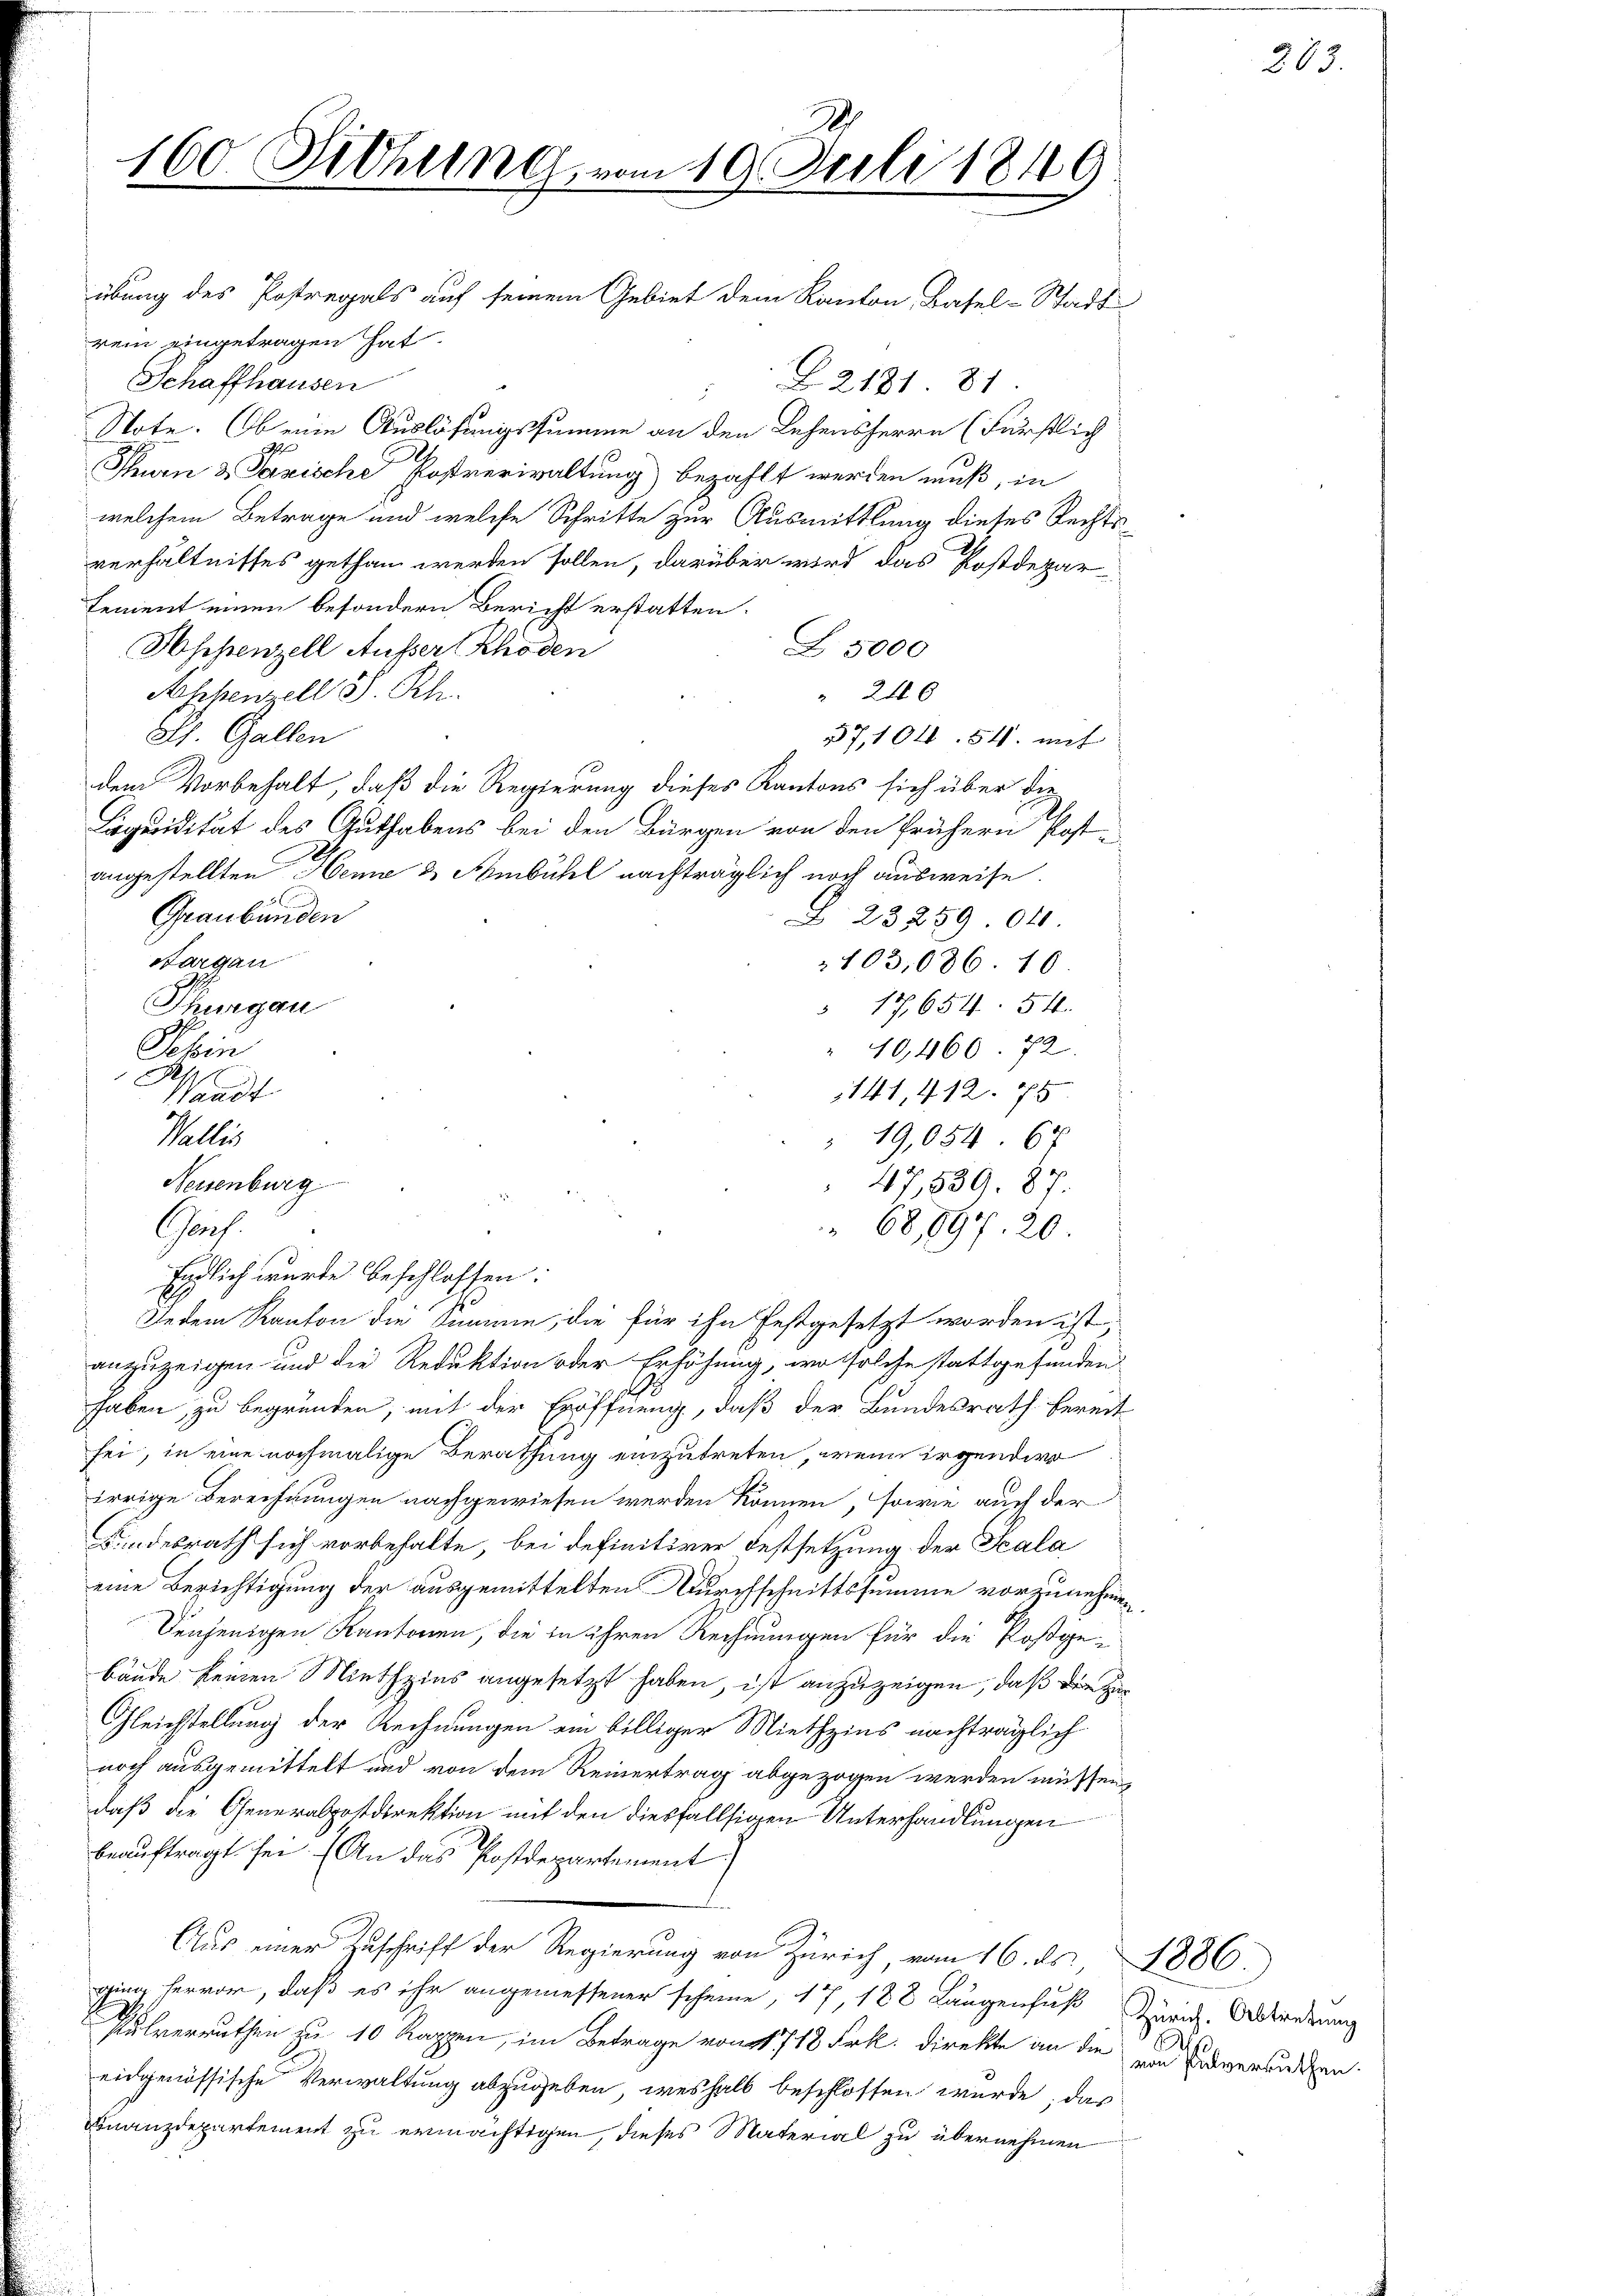
160. Diehung vom 19. Juli 1849

rein eingetragen hat.
Schaffhausen
§2181 81.
Note. Ob eine Auslösungssumme an den Lehensherrn (Fürstlich
Thurn u. Parische Postverwaltung bezahlt werden muß, in
welchem Betrage und welche Schritte zur Ausmittlung dieses Rechts-
verhältnisses gethan werden sollen, darüber wird das Postdeparsement einen besondern Bericht erstatten.
Z 5000
Appenzell Ausser Rhoden
" 246
Asehenzell S. Rh.
Ah. Gallen
37,104. 54. mit
dem Vorbehalt, daß die Regierung dieses Kantons sich über die
Liquidität des Guthabens bei den Bürgen von den frühern Post
angestellten Heme & Ambühl nachträglich noch ausweise.
Graubünden
Z. 23259 010.
Sargau
103,086. 10.
Thurgau
" 17, 654. 54.
" 10,460. 72
Jehin
Waadt
1141, 412. 75
Wallis
" 19,054 67
47,539. 87.
68,897. 20
Gaus
Erdlich wurde beschlossen:
Jedem Kanton die Sinnen, die für ihn festgesetzt worden ist,
anzuzeigen und die Reduktion oder Erhöhung, wo solche stattgefunden
haben zu begründen, mit der Eröffnung, daß der Bundesrath bereit
sei, in eine nochmalige Berathung einzutreten, wenn irgender
irrige Berechnungen nachgewiesen werden können, sowie auch der
Kindesrath sich vorbehalte, bei definitiver Festsetzung der Scala
eine Berichtigung der ausgemittelten Durchschnittssumme vorzunehmen
Denjenigen Kantonen, die in ihren Rechnungen für die Postge-
bäude keinen Miethzins angesetzt haben, ist anzuzeigen, daß die Her¬
Gleichstellung der Rechnungen ein billiger Miethzins nachträglich
noch ausgemittelt und von dem Reinertrag abgezogen werden müssen,
daß die Generalpostdirektion mit den diesfallsigen Unterhandlungen
beauftragt sei. (An das Postdepartement
Aus einer Zuschrift der Regierung von Zürich, vom 16. ds.,
ging hervor, daß es ihr angemessener scheine, 17, 188 Langenfuß Zürich. Aborderung
Pulverräthen zu 10 Kappen, im Betrage von 1718 Frk. Direkte an die
eidgenössische Verwaltung abzugeben, weshalb beschlossen wurde, das
Finanzdepartement zu ermächtigen, dieses Material zu übernehmen

Neisenburg

übung des Postregals auf seinem Gebiet dem Kanton Basel-Stadt

a
von Pulverruthen.

1886.

283.